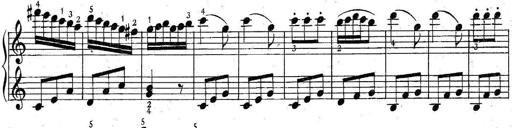
Title: 6 Easy Sonatinas
Composer: Carl Czerny